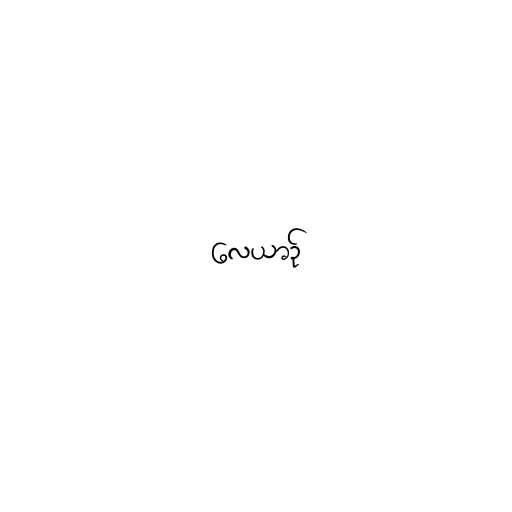
လေယာဉ်